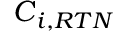
\boldsymbol { C } _ { i , R T N }